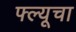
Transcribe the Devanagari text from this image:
फ्ल्यूचा